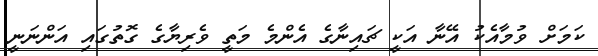
ކަމަށް ވުމާއެކު އޭނާ އަކީ ޗައިނާގެ އެންމެ މަތީ ވެރިޔާގެ ގޮތުގައި އަންނަނީ